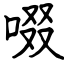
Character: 啜